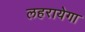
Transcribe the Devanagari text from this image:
लहरायेगा